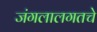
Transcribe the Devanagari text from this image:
जंगलालगतचे